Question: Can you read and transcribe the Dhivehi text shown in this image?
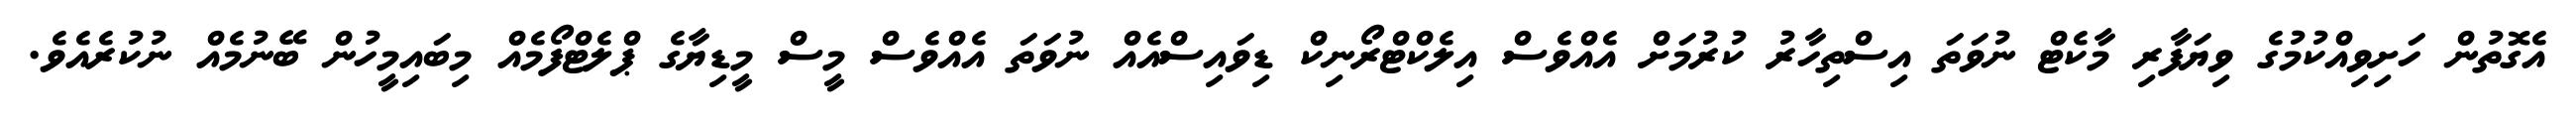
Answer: އެގޮތުން ހަށިވިއްކުމުގެ ވިޔަފާރި މާކެޓް ނުވަތަ އިސްތިހާރު ކުރުމަށް އެއްވެސް އިލެކްޓްރޯނިކް ޑިވައިސްއެއް ނުވަތަ އެއްވެސް މީސް މީޑިޔާގެ ޕްލެޓްފޯމެއް މިބައިމީހުން ބޭނުމެއް ނުކުރެއެވެ.